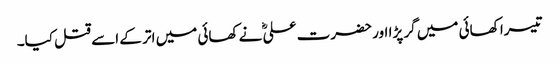
تیسرا کھائی میں گر پڑا اور حضرت علیؓ نے کھائی میں اتر کے اسے قتل کیا۔